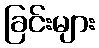
ခြင်းများ